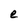
Character: e